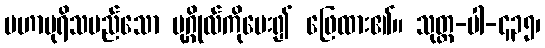
မဟာပုရိသမည်သော ပုဂ္ဂိုလ်ကိုမေး၍ ဖြေထား၏။ သုတ္တ-ပါ-၄၃၅၊